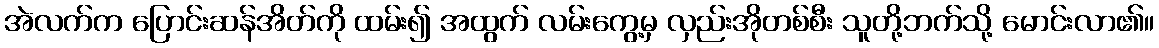
အဲလက်က ပြောင်းဆန်အိတ်ကို ထမ်း၍ အထွက် လမ်းကွေ့မှ လှည်းအိုတစ်စီး သူတို့ဘက်သို့ မောင်းလာ၏။